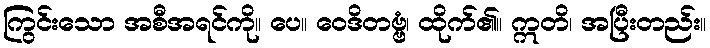
ကြွင်းသော အစီအရင်ကို။ ပေ။ ဝေဒိတဗ္ဗံ၊ ထိုက်၏။ ဣတိ၊ အပြီးတည်း။